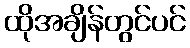
ထိုအချိန်တွင်ပင်